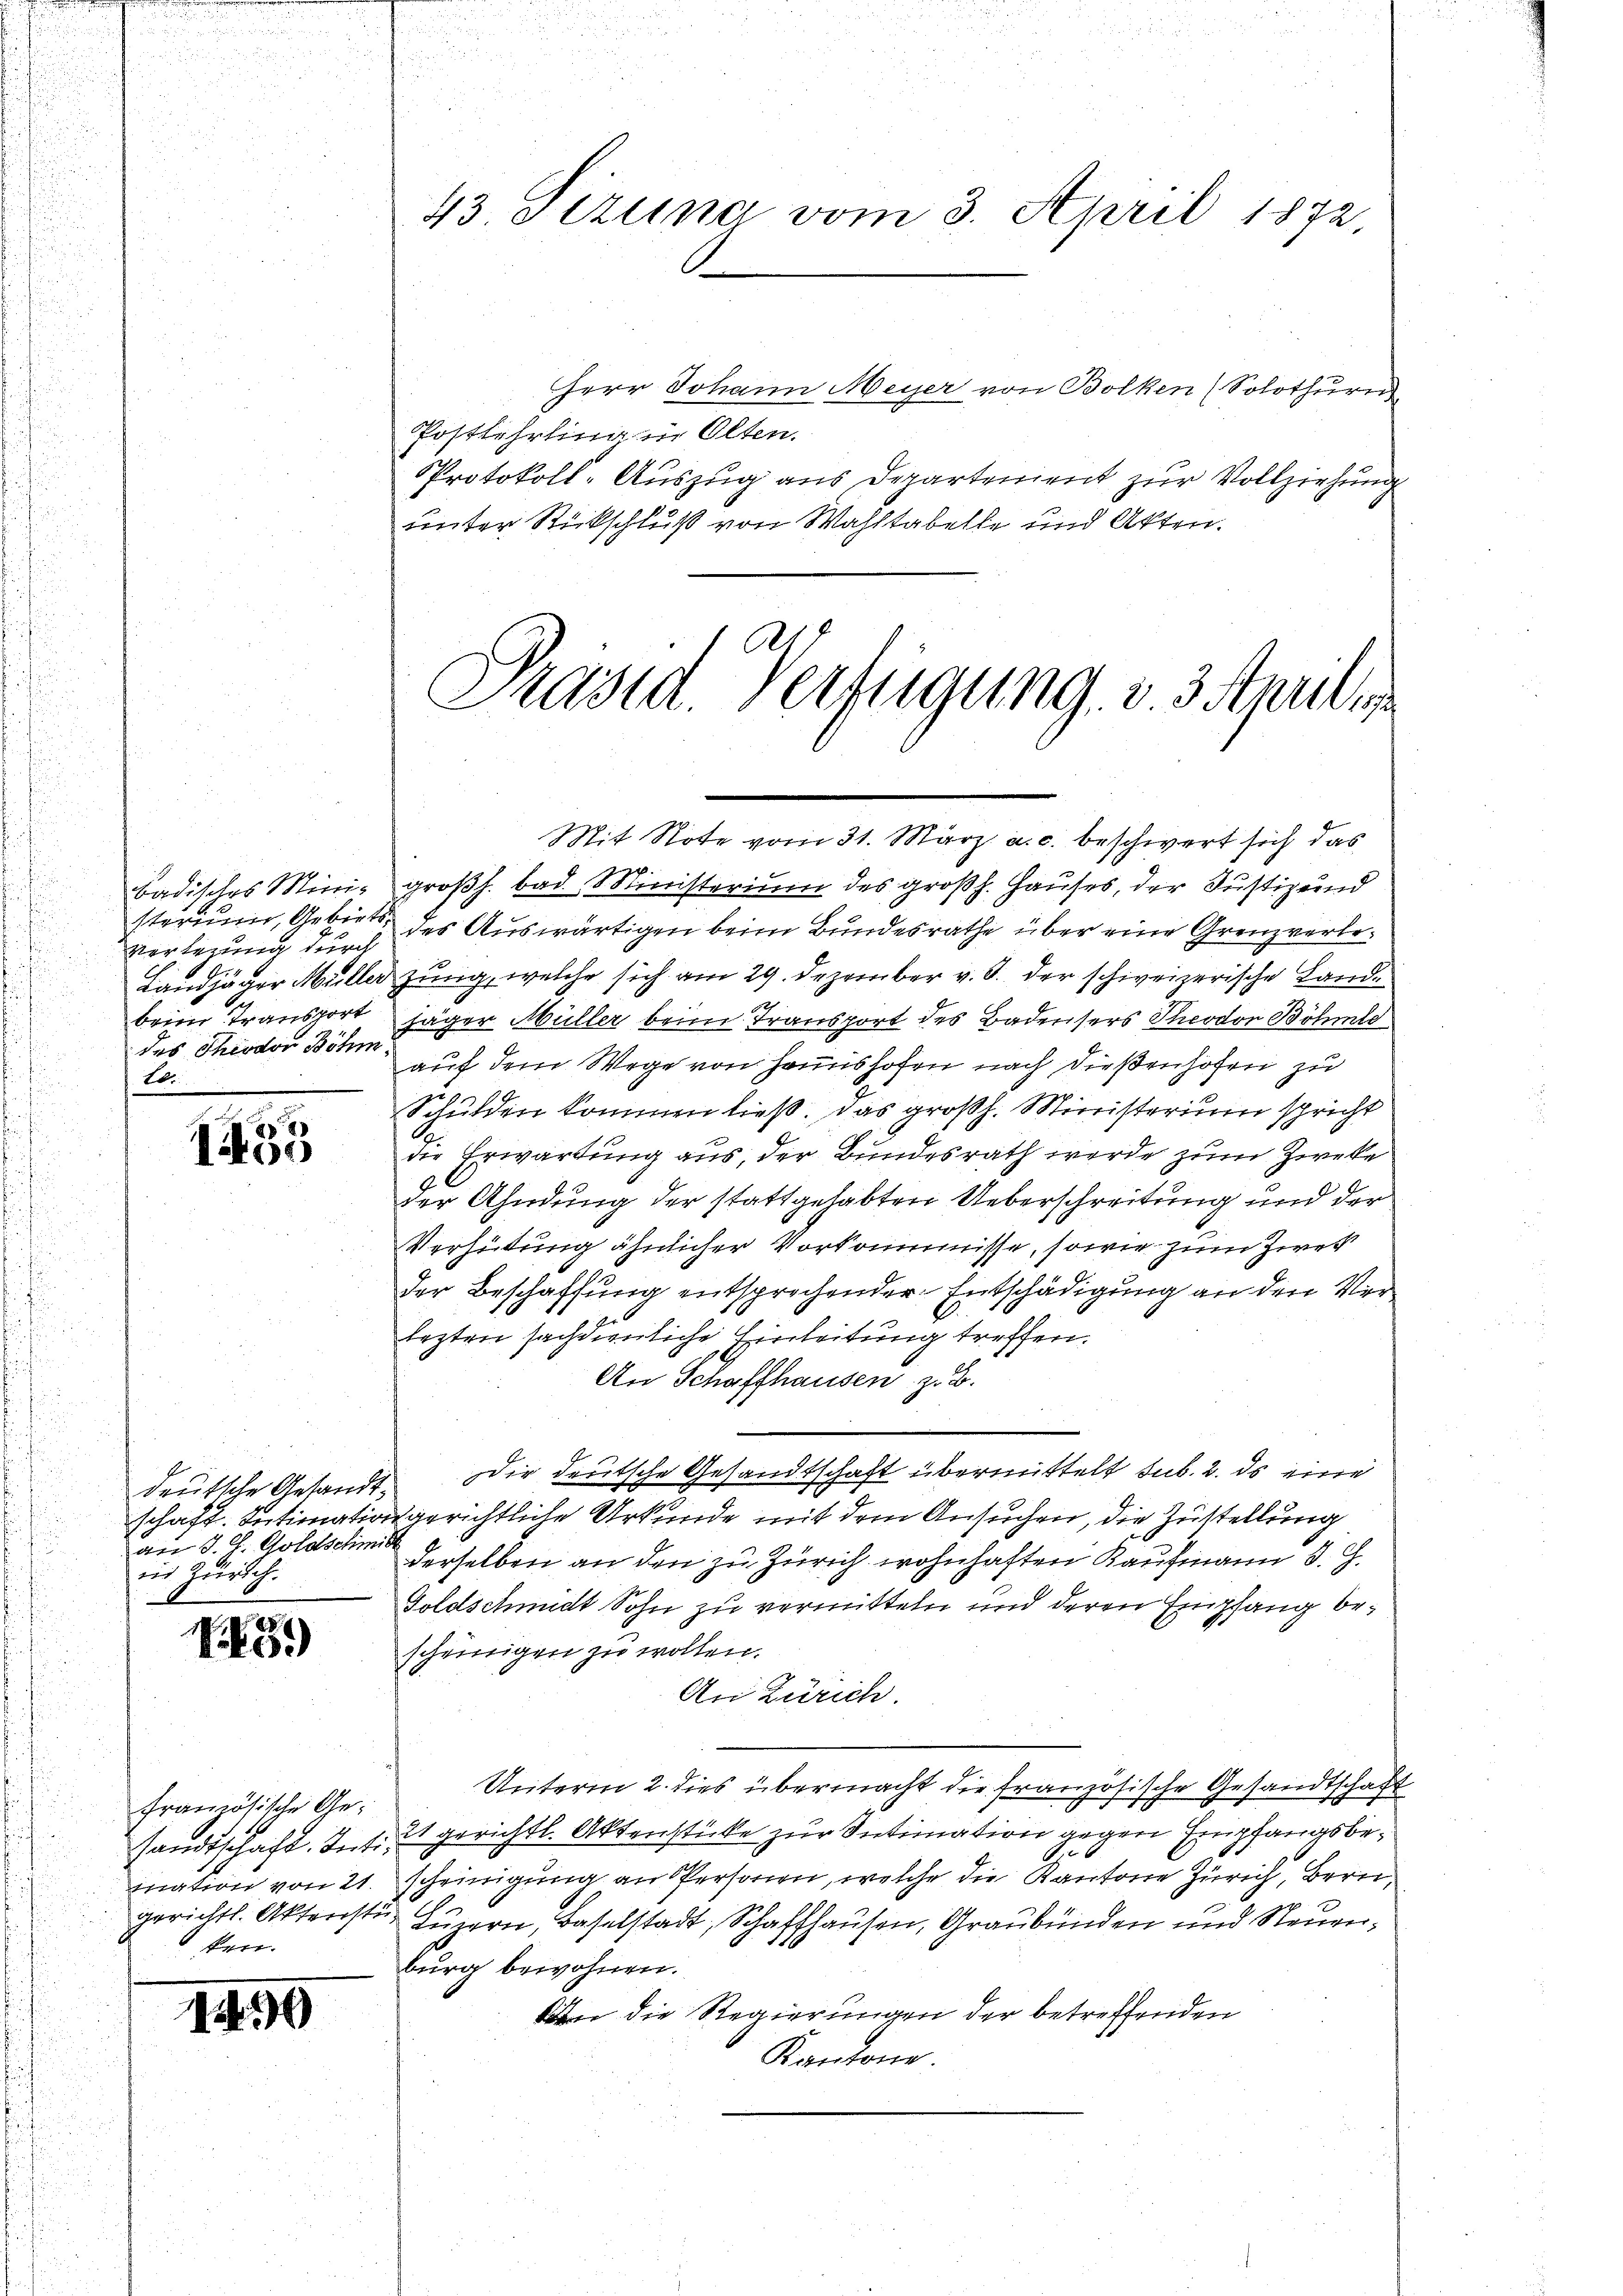
Versezung durch
des Theodor Böhm.
2br

1455

deutsche Gesandt,
an J. J. Goldschmitt
ins Zürich.
—

5

französische Geken.

1499

Herr Johann Meyer von Bolken (Solothurn
Postlehrling in Olten.
Protokoll-Auszug aus Departement zur Vollziehung
unter Stickschluß von Wahltabelle und Akten.
Präsid. Verfügung, § 3 Aprilis

Mit Note vom 31. März a. c. beschwert sich das
badisches Mini- großh. bad. Ministerium des großh. Hauses, der Justiz und
sterium, Gebiete des Auswärtigen beim Bundesrathe über eine Grenzverbex
Landjäger Müller zung, welche sich am 29. Dezember v. J. der schweizerische Landbeim Transport jäger Müller beim Transport des Badensers Theodor Böhme
auf dem Wege von Hanshofen nach dießenhofen zu
Schulden kommen ließ. Das großh. Ministerium spricht
die Erwartung aus, der Bundesrath werde zum Zweke
der Ahndung der stattgehabten Ueberschreitung und der
Verhütung ähnlicher Vorkommisse, sowie zum Zweck
der Beschaffung entsprochender Entschädigung an den Verlezten sachdienliche Einleitung treffen.
An Schaffhausen, z. B.
E
Dir deutsche Gesandtschaft übermittelt sub. 2. ds eine
schaft. Intimationsgerichtliche Urkunde mit dem Ansuchen, die Zustellung
derselben an den zu Zürich wohnhaften Kaufmann J. G.
Goldschmidt Sohn zu vermitteln und deren Empfang bescheinigen zu wollen.
An Zürich.
Unterm 2. dies übermacht die französische Gesandtschaft
sandtschaft, 2. 1. 21 gerichtl. Aktenstücke zur Intimation gegen Empfangsbe¬
P.6
mation von 21. scheinigung an Personen, welche die Kantone Zürich, Bern,
gerichtl. Aktenster Luzern, Baselstadt, Schaffhausen, Graubünden und Neuerburg bewohnen.
n die Regierungen der betreffenden
Kantone.

43. Stung vom 3. April 1872.